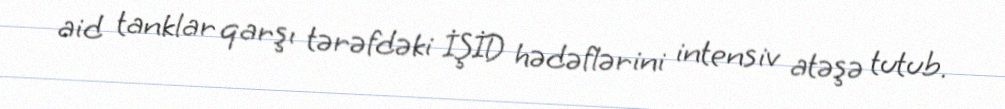
aid tanklar qarşı tərəfdəki İŞİD hədəflərini intensiv atəşə tutub.